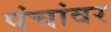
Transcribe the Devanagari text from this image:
पंचांवर